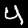
Digit: 4